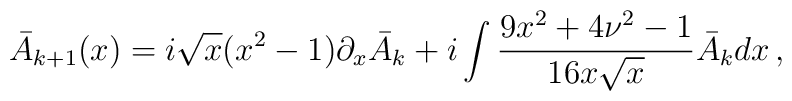
\bar{A}_{k+1}(x) = i\sqrt{x}(x^2 - 1)\partial_x \bar{A}_k + i\int \frac{9 x^2 + 4\nu^2 - 1}{16x\sqrt{x}} \bar{A}_k dx\,,